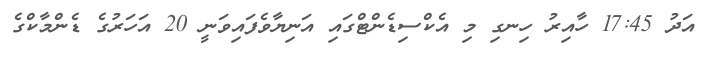
އަދު 17:45 ހާއިރު ހިނގި މި އެކްސިޑެންޓްގައި އަނިޔާވެފައިވަނީ 20 އަހަރުގެ ޑެންމާކްގެ